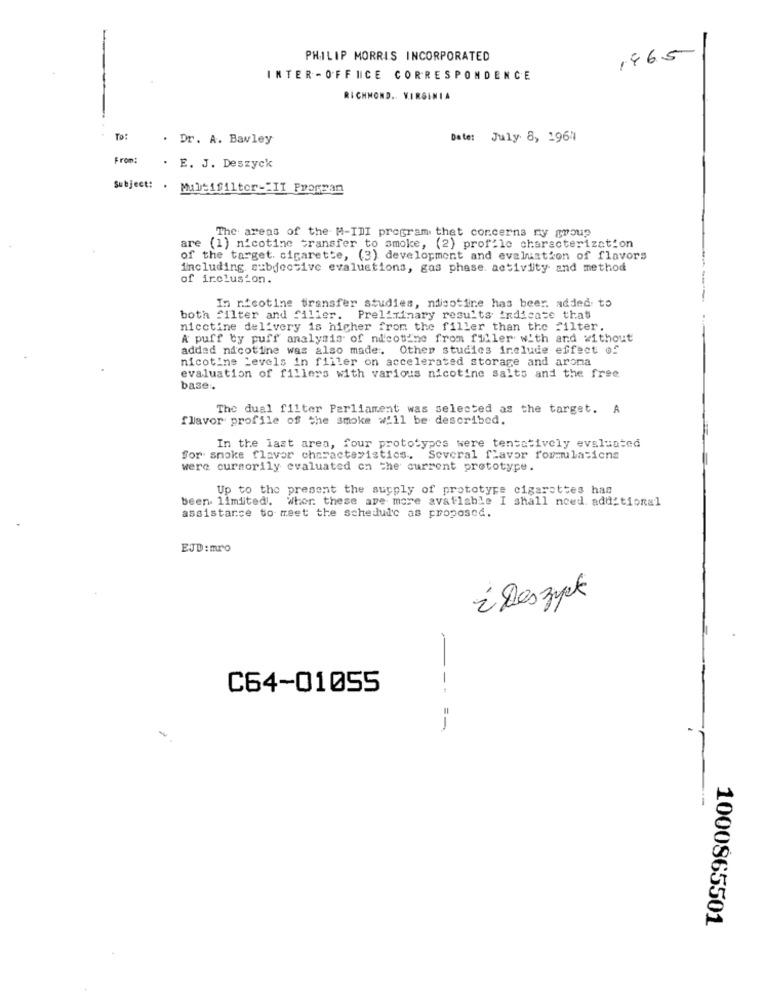
1465
PHILIP MORRIS INCORPORATED
INTER -OFFICE CORRESPONDENCE
RICHMOND .. VIRGINIA
To:
. Dr. A. Bawley
Date: July 8, 1964
From:
. E. J. Deszyck
Subject: . Multifilter-"II Fromsan
The areas of the M-IDI program that concerns ny group
are (1) nicotine transfer to smoke, (2) prof:le characterization
of the target. cigarette, (3) development and evaluation of flavors
including subjective evaluations, gas phase. activity and method
of inclusion.
In nicotine transfer studies, nicotine has beer. added to
both filter and filler. Preliminary results indicate that
nicotine delivery is higher from the filler than the filter.
A puff by puff analysis of nicotine from filler with and without
added nicotine was also made. Other studies include effect of
nicotine Levels in filler on accelerated storage and aroma
evaluation of fillers with various nicotine salts and the free
base.
The dual filter Parliament was selected as the target. A
flavor profile of the smoke will be described.
In the last area, four prototypes were tentatively evaluated
for smoke flavor characteristics. Several flavor formulations
were cursorily evaluated on the current prototype.
Up to the present the supply of prototype cigarettes han
been limited. Wher. these are more available I shall need additional
assistance to meet the schedule as proposed.
EJD : mro
¿ Deszyck
C64-01055
---
==
-
1000865501